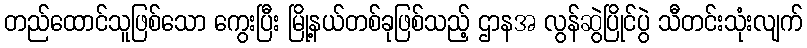
တည်ထောင်သူဖြစ်သော ကွေးပြီး မြို့နယ်တစ်ခုဖြစ်သည့် ဌာနအ လွန်ဆွဲပြိုင်ပွဲ သီတင်းသုံးလျက်